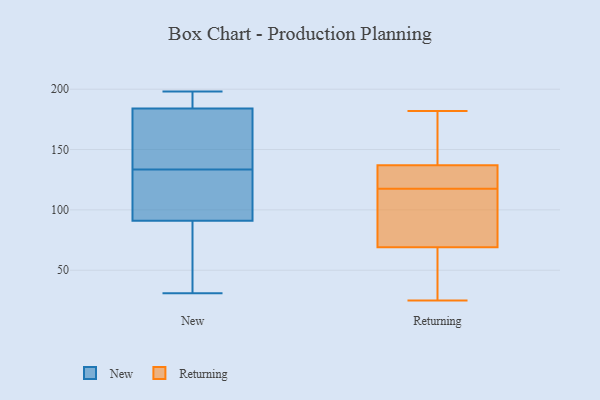
{"axis": {"x": "Budget (USD K)", "y": "Value"}, "legend": ["New", "Returning"], "data": [{"x": "", "y": 92, "type": "New"}, {"x": "", "y": 174, "type": "New"}, {"x": "", "y": 176, "type": "New"}, {"x": "", "y": 90, "type": "New"}, {"x": "", "y": 65, "type": "New"}, {"x": "", "y": 114, "type": "New"}, {"x": "", "y": 99, "type": "New"}, {"x": "", "y": 185, "type": "New"}, {"x": "", "y": 197, "type": "New"}, {"x": "", "y": 198, "type": "New"}, {"x": "", "y": 88, "type": "New"}, {"x": "", "y": 193, "type": "New"}, {"x": "", "y": 120, "type": "New"}, {"x": "", "y": 152, "type": "New"}, {"x": "", "y": 197, "type": "New"}, {"x": "", "y": 31, "type": "New"}, {"x": "", "y": 97, "type": "New"}, {"x": "", "y": 69, "type": "New"}, {"x": "", "y": 147, "type": "New"}, {"x": "", "y": 183, "type": "New"}, {"x": "", "y": 129, "type": "Returning"}, {"x": "", "y": 25, "type": "Returning"}, {"x": "", "y": 182, "type": "Returning"}, {"x": "", "y": 99, "type": "Returning"}, {"x": "", "y": 131, "type": "Returning"}, {"x": "", "y": 70, "type": "Returning"}, {"x": "", "y": 51, "type": "Returning"}, {"x": "", "y": 96, "type": "Returning"}, {"x": "", "y": 176, "type": "Returning"}, {"x": "", "y": 109, "type": "Returning"}, {"x": "", "y": 68, "type": "Returning"}, {"x": "", "y": 129, "type": "Returning"}, {"x": "", "y": 34, "type": "Returning"}, {"x": "", "y": 180, "type": "Returning"}, {"x": "", "y": 126, "type": "Returning"}, {"x": "", "y": 143, "type": "Returning"}]}